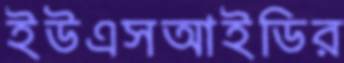
ইউএসআইডির